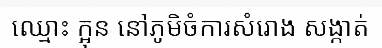
ឈ្មោះ ក្អុន នៅភូមិចំការសំរោង សង្កាត់